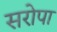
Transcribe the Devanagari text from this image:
सरोपा